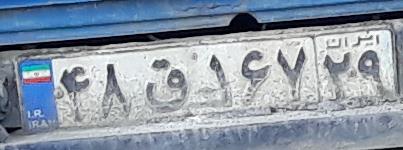
۴۸ق۱۶۷۲۹